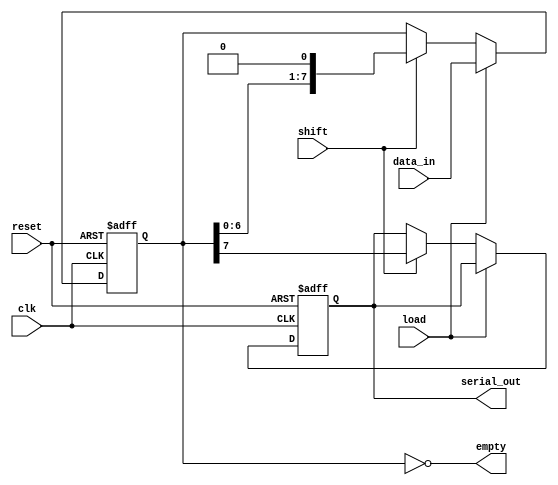
module loadable_piso (
    input wire clk,          // Clock signal
    input wire reset,        // Reset signal
    input wire load,        // Load control signal
    input wire shift,       // Shift control signal
    input wire [n-1:0] data_in, // Parallel data input
    output reg serial_out,   // Serial output
    output wire empty        // Indicates if all data has been shifted out
);
    parameter n = 8; // Width of the data input register

    reg [n-1:0] shift_reg; // Shift register to hold the data

    // Output empty signal
    assign empty = (shift_reg == 0);

    always @(posedge clk or posedge reset) begin
        if (reset) begin
            // Clear the shift register on reset
            shift_reg <= {n{1'b0}};
            serial_out <= 1'b0;
        end else if (load) begin
            // Load data into the shift register
            shift_reg <= data_in;
        end else if (shift) begin
            // Shift operation
            serial_out <= shift_reg[n-1]; // Output MSB as serial output
            shift_reg <= shift_reg << 1;   // Shift left
        end
    end
endmodule